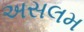
અસલમ